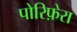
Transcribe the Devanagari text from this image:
पोरिफ़ेरा